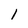
Character: 1